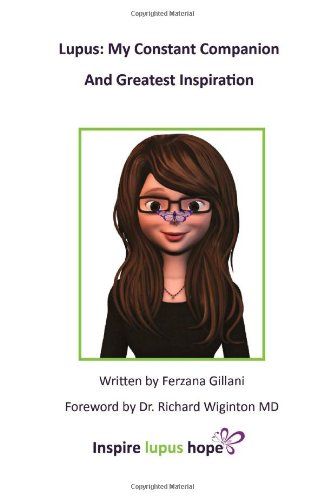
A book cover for Lupus: My Constant Companion and Greatest Inspiration; Ferzana Gillani; Health, Fitness & Dieting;